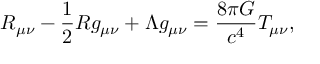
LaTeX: R _ { \mu \nu } - { \frac { 1 } { 2 } } R g _ { \mu \nu } + \Lambda g _ { \mu \nu } = { \frac { 8 \pi G } { c ^ { 4 } } } T _ { \mu \nu } ,